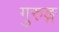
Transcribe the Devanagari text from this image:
गुरुङ्ग